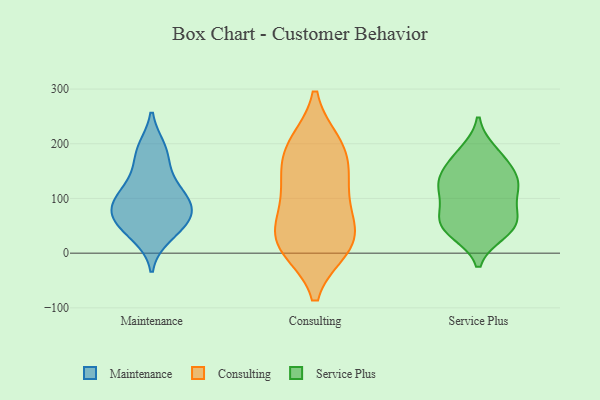
{"axis": {"x": "Latency (ms)", "y": "Value"}, "legend": ["Consulting", "Maintenance", "Service Plus"], "data": [{"x": "", "y": 100, "type": "Maintenance"}, {"x": "", "y": 47, "type": "Maintenance"}, {"x": "", "y": 114, "type": "Maintenance"}, {"x": "", "y": 32, "type": "Maintenance"}, {"x": "", "y": 81, "type": "Maintenance"}, {"x": "", "y": 182, "type": "Maintenance"}, {"x": "", "y": 137, "type": "Maintenance"}, {"x": "", "y": 87, "type": "Maintenance"}, {"x": "", "y": 68, "type": "Maintenance"}, {"x": "", "y": 191, "type": "Maintenance"}, {"x": "", "y": 62, "type": "Maintenance"}, {"x": "", "y": 69, "type": "Consulting"}, {"x": "", "y": 124, "type": "Consulting"}, {"x": "", "y": 148, "type": "Consulting"}, {"x": "", "y": 114, "type": "Consulting"}, {"x": "", "y": 22, "type": "Consulting"}, {"x": "", "y": 199, "type": "Consulting"}, {"x": "", "y": 193, "type": "Consulting"}, {"x": "", "y": 10, "type": "Consulting"}, {"x": "", "y": 49, "type": "Consulting"}, {"x": "", "y": 20, "type": "Consulting"}, {"x": "", "y": 12, "type": "Consulting"}, {"x": "", "y": 191, "type": "Consulting"}, {"x": "", "y": 38, "type": "Service Plus"}, {"x": "", "y": 66, "type": "Service Plus"}, {"x": "", "y": 41, "type": "Service Plus"}, {"x": "", "y": 108, "type": "Service Plus"}, {"x": "", "y": 127, "type": "Service Plus"}, {"x": "", "y": 185, "type": "Service Plus"}, {"x": "", "y": 50, "type": "Service Plus"}, {"x": "", "y": 176, "type": "Service Plus"}, {"x": "", "y": 122, "type": "Service Plus"}, {"x": "", "y": 138, "type": "Service Plus"}, {"x": "", "y": 56, "type": "Service Plus"}, {"x": "", "y": 158, "type": "Service Plus"}, {"x": "", "y": 122, "type": "Service Plus"}, {"x": "", "y": 73, "type": "Service Plus"}]}